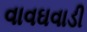
વાવઘવાડી